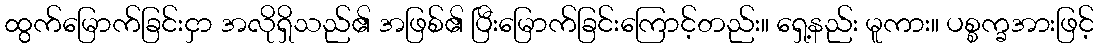
ထွက်မြောက်ခြင်းငှာ အလိုရှိသည်၏ အဖြစ်၏ ပြီးမြောက်ခြင်းကြောင့်တည်း။ ရှေ့နည်း မူကား။ ပစ္စက္ခအားဖြင့်